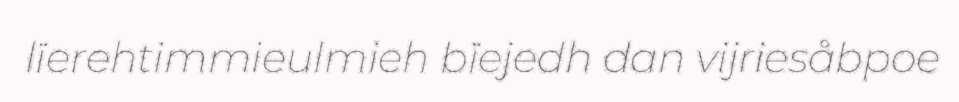
lïerehtimmieulmieh bïejedh dan vijriesåbpoe